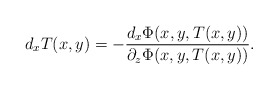
\begin{align*} d_x T(x,y) = - \frac{d_x \Phi(x,y,T(x,y))}{\partial_z \Phi(x,y,T(x,y))}.\end{align*}